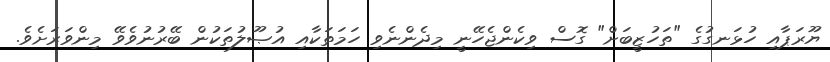
ޔޫރަޕާއި ހުޅަނގުގެ "ތަހުޒީބަށް" ގޮސް ވިކެންޖެހޭނީ މިދެންނެވި ހަމަތަކާއި އުޞޫލުތަކުން ބޭރުނުވެވޭ މިންވަރަށެވެ.